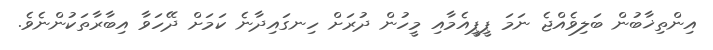
އިންތިޚާބުން ބަލިވެއްޖެ ނަމަ ޕީޕީއެމާއި މީހުން ދުރަށް ހިނގައިދާނެ ކަމަށް ދޭހަވާ އިބާރާތަކުންނެވެ.